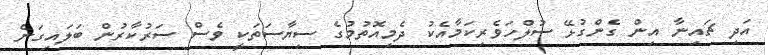
އަދި ޗައިނާ އިން ގެންގުޅޭ ސުލްހަވެރިކަމާއެކު ދެމިއޮތުމުގެ ސިޔާސަތަކީ ވެސް ސަރުކާރުން ބަލައިގަނެ